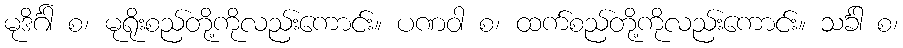
မုဒိင်္ဂါ စ၊ မုရိုးစည်တို့ကိုလည်းကောင်း။ ပဏဝါ စ၊ ထက်စည်တို့ကိုလည်းကောင်း။ သင်္ခါ စ၊